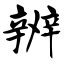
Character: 辨